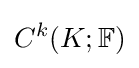
C^{k}(K;\mathbb {F} )